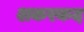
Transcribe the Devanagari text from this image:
शकरकद